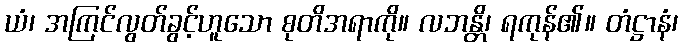
ယံ၊ အကြင်လွတ်ခွင့်ဟူသော စုတိအရာကို။ လဘန္တိ၊ ရကုန်၏။ တံဋ္ဌာနံ၊